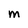
Character: M